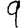
Digit: 9